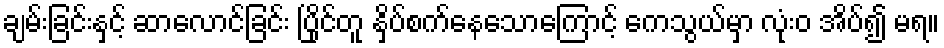
ချမ်းခြင်းနှင့် ဆာလောင်ခြင်း ပြိုင်တူ နှိပ်စက်နေသောကြောင့် ကေသွယ်မှာ လုံးဝ အိပ်၍ မရ။